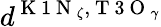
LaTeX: d^{\mathrm{~K~1~N~}_{\zeta},\mathrm{~T~3~O~}_{\gamma}}